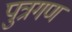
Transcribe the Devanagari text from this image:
पुत्रगण